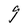
Character: g